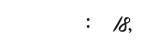
:  18